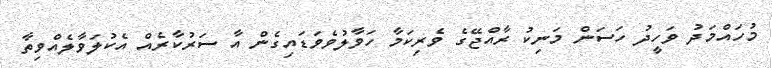
މުހައްމަދު ވަހީދު ހަސަން މަނިކު ރާއްޖޭގެ ވެރިކަމާ ހަވާލުވެވަޑައިގެން އާ ސަރުކާރެއް އެކުލަވާލެއްވިތާ